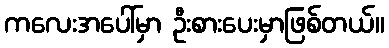
ကလေးအပေါ်မှာ ဦးစားပေးမှာဖြစ်တယ်။